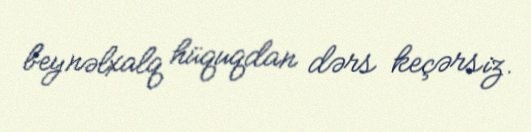
beynəlxalq hüquqdan dərs keçərsiz.